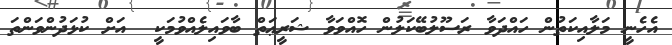
އެހެނީ މަލާއިކަތުން ހައްދަވާ ރަސޫލުބޭކަލުން ހޮއްވަވާ ޝަރީޢަތް ބާވައިލެއްވުމަކީ  އަށް ކުޅަދުންވަންތަ